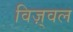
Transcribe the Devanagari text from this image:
विज़्वल